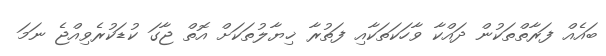
ބައެއް ފަރާތްތަކުން ދައްކާ ވާހަކަތަކާއި ފަތުރާ ޚިޔާލުތަކަށް އޮތް ޖާގަ ކުޑަކުރެވިއްޖެ ނަމަ